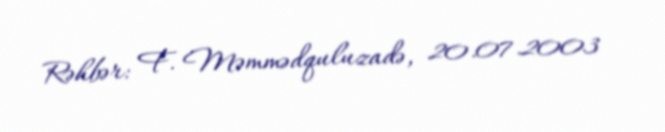
Rəhbər: F. Məmmədquluzadə, 20.07.2003